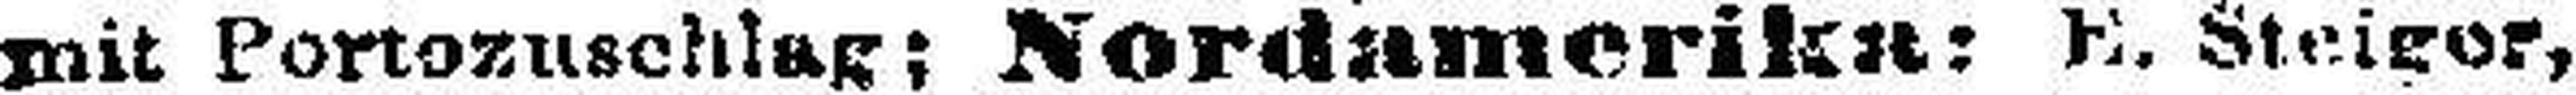
mit Portozuschlag; Nordamerika: R. Steiger,